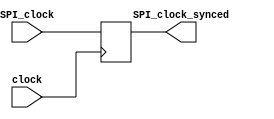
module Synchronizer(
    input SPI_clock,
    input clock,
    
    output SPI_clock_synced
);
    reg [1:0] temp;
    always @(posedge clock)
        temp = SPI_clock;
        
    assign SPI_clock_synced = temp;
endmodule